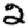
Digit: 2